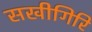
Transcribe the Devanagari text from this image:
सखीगिरि